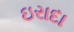
ઇરાદા